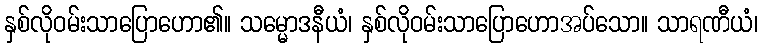
နှစ်လိုဝမ်းသာပြောဟော၏။ သမ္မောဒနီယံ၊ နှစ်လိုဝမ်းသာပြောဟောအပ်သော။ သာရဏီယံ၊